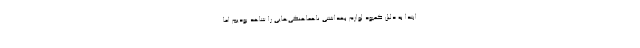
ابتدا به دلیل کمبود لوازم بهداشتی ناهماهنگی‌هایی را شاهد بودیم اما